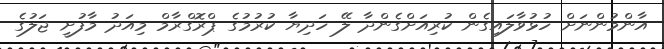
އާންމުންނަށް ހުޅުވާލައިގެން ކުރިއަށްގެންދާ ލޭ ހަދިޔާ ކުރުމުގެ ޕްރޮގްރާމް މިއަދު މާފުށީ ޖަލުގެ